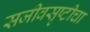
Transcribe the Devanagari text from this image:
सजीवसृष्टीचा